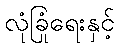
လုံခြုံရေးနှင့်